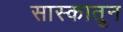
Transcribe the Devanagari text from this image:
सास्कातून